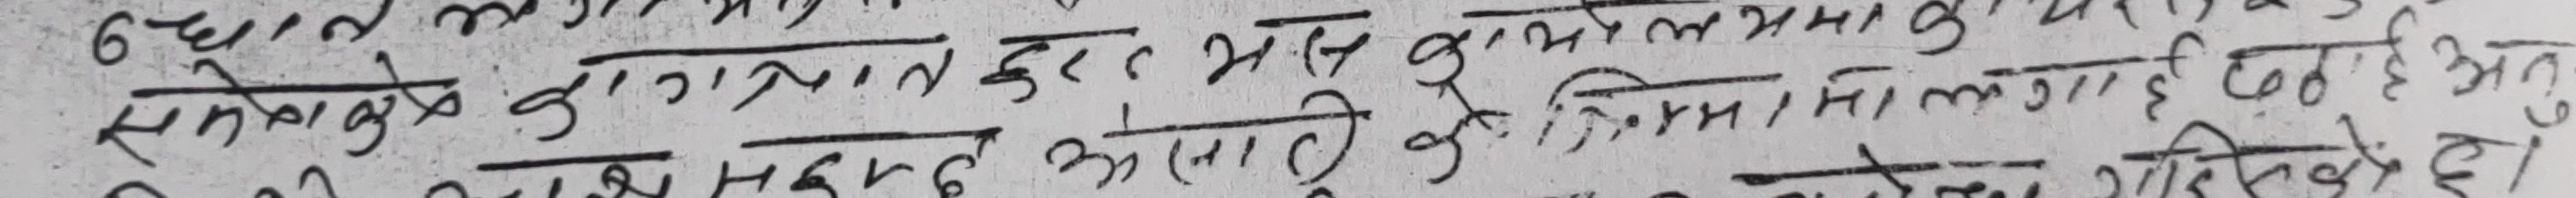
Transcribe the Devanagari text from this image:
6 संधोवेक्त्रा का गणमान्य कुदर भये अओरे प्रमालमा
अओरी दुई प्रमालमा लगाइ छई अतु